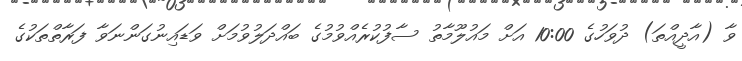
ވާ (އާދީއްތަ) ދުވަހުގެ 10:00 އަށް މައުލޫމާތު ސާފުކުރެއްވުމުގެ ބައްދަލުވުމަށް ވަޑައިނުގަންނަވާ ފަރާތްތަކުގެ